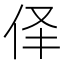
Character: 𱎪